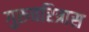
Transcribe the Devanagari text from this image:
गुरुचरित्रास